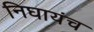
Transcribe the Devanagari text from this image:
निघायंच